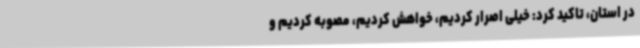
در استان، تاکید کرد: خیلی اصرار کردیم، خواهش کردیم، مصوبه کردیم و